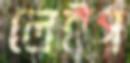
লেইগ